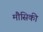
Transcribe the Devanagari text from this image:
मौसिकी